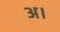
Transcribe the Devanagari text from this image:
अ।